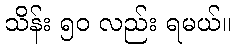
သိန်း ၅၀ လည်း ရမယ်။